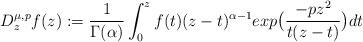
LaTeX: \begin{align*}D_{z}^{\mu ,p}{f(z)}:=\frac{1}{\Gamma (\alpha )}\int_{0}^{z}f(t)(z-t)^{\alpha -1}exp\big(\frac{-pz^{2}}{t(z-t)}\big)dt \end{align*}